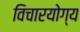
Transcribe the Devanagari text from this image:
विचारयोग्य